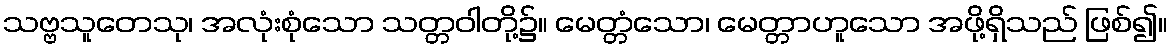
သဗ္ဗသူတေသု၊ အလုံးစုံသော သတ္တဝါတို့၌။ မေတ္တံသော၊ မေတ္တာဟူသော အဖို့ရှိသည် ဖြစ်၍။